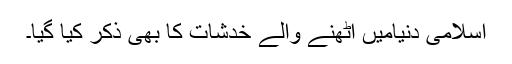
اسلامی دنیامیں اٹھنے والے خدشات کا بھی ذکر کیا گیا۔